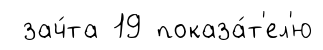
зач́та 19 показа́т'ел'ю